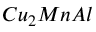
C u _ { 2 } M n A l